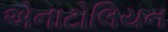
એનાટોલિયન